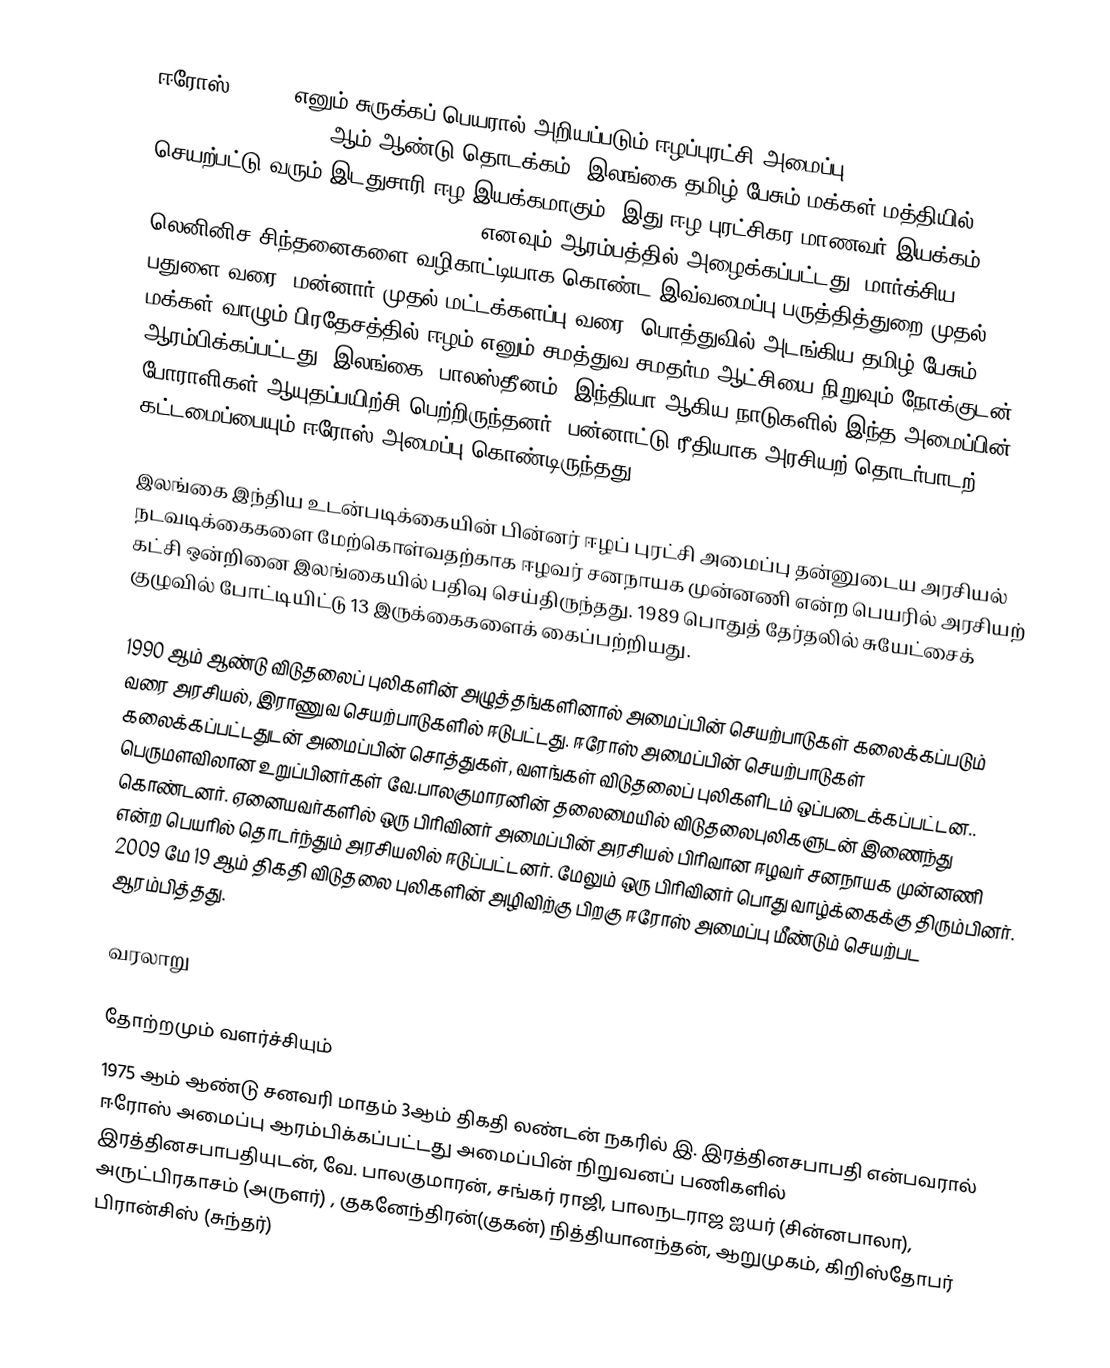
ஈரோஸ் (EROS) எனும் சுருக்கப் பெயரால் அறியப்படும் ஈழப்புரட்சி அமைப்பு (Eelam Revolutionary Organisation, ) 1975 ஆம் ஆண்டு தொடக்கம், இலங்கை தமிழ் பேசும் மக்கள் மத்தியில் செயற்பட்டு வரும் இடதுசாரி ஈழ இயக்கமாகும். இது ஈழ புரட்சிகர மாணவர் இயக்கம் (Eelam Revolutionary Organization of Students) எனவும் ஆரம்பத்தில் அழைக்கப்பட்டது. மார்க்சிய, லெனினிச சிந்தனைகளை வழிகாட்டியாக கொண்ட இவ்வமைப்பு பருத்தித்துறை முதல் பதுளை வரை, மன்னார் முதல் மட்டக்களப்பு வரை, பொத்துவில் அடங்கிய தமிழ் பேசும் மக்கள் வாழும் பிரதேசத்தில் ஈழம் எனும் சமத்துவ சமதர்ம ஆட்சியை நிறுவும் நோக்குடன் ஆரம்பிக்கப்பட்டது. இலங்கை, பாலஸ்தீனம், இந்தியா ஆகிய நாடுகளில் இந்த அமைப்பின் போராளிகள் ஆயுதப்பயிற்சி பெற்றிருந்தனர். பன்னாட்டு ரீதியாக அரசியற் தொடர்பாடற் கட்டமைப்பையும் ஈரோஸ் அமைப்பு கொண்டிருந்தது.

இலங்கை இந்திய உடன்படிக்கையின் பின்னர் ஈழப் புரட்சி அமைப்பு தன்னுடைய அரசியல் நடவடிக்கைகளை மேற்கொள்வதற்காக ஈழவர் சனநாயக முன்னணி என்ற பெயரில் அரசியற் கட்சி ஒன்றினை இலங்கையில் பதிவு செய்திருந்தது. 1989 பொதுத் தேர்தலில் சுயேட்சைக் குழுவில் போட்டியிட்டு 13 இருக்கைகளைக் கைப்பற்றியது.

1990 ஆம் ஆண்டு விடுதலைப் புலிகளின் அழுத்தங்களினால் அமைப்பின் செயற்பாடுகள் கலைக்கப்படும் வரை அரசியல், இராணுவ செயற்பாடுகளில் ஈடுபட்டது. ஈரோஸ் அமைப்பின் செயற்பாடுகள் கலைக்கப்பட்டதுடன் அமைப்பின் சொத்துகள், வளங்கள் விடுதலைப் புலிகளிடம் ஒப்படைக்கப்பட்டன.. பெருமளவிலான உறுப்பினர்கள் வே.பாலகுமாரனின் தலைமையில் விடுதலைபுலிகளுடன் இணைந்து கொண்டனர். ஏனையவர்களில் ஒரு பிரிவினர் அமைப்பின் அரசியல் பிரிவான ஈழவர் சனநாயக முன்னணி என்ற பெயரில் தொடர்ந்தும் அரசியலில் ஈடுப்பட்டனர். மேலும் ஒரு பிரிவினர் பொது வாழ்க்கைக்கு திரும்பினர். 2009 மே 19 ஆம் திகதி விடுதலை புலிகளின் அழிவிற்கு பிறகு ஈரோஸ் அமைப்பு மீண்டும் செயற்பட ஆரம்பித்தது.

வரலாறு

தோற்றமும் வளர்ச்சியும்
1975 ஆம் ஆண்டு சனவரி மாதம் 3ஆம் திகதி லண்டன் நகரில் இ. இரத்தினசபாபதி என்பவரால் ஈரோஸ் அமைப்பு ஆரம்பிக்கப்பட்டது அமைப்பின் நிறுவனப் பணிகளில் இரத்தினசபாபதியுடன், வே. பாலகுமாரன், சங்கர் ராஜி, பாலநடராஜ ஐயர் (சின்னபாலா), அருட்பிரகாசம் (அருளர்) , குகனேந்திரன்(குகன்) நித்தியானந்தன், ஆறுமுகம், கிறிஸ்தோபர் பிரான்சிஸ் (சுந்தர்)